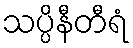
သပ္ပိနီတီရံ